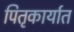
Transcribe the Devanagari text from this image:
पितृकार्यात